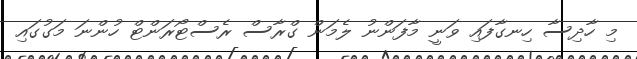
މި ހާދިސާ ހިނގާފައި ވަނީ މާފަންނު ލެމަން ގްރާސް ރެސްޓޯރަންޓް ހުންނަ މަގުގައި